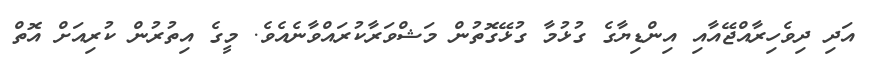
އަދި ދިވެހިރާއްޖޭއާއި އިންޑިޔާގެ ގުޅުމާ ގުޅޭގޮތުން މަޝްވަރާކުރައްވާނެއެވެ. މީގެ އިތުރުން ކުރިއަށް އޮތް